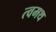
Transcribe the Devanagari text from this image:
त्वमथ